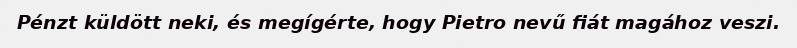
Pénzt küldött neki, és megígérte, hogy Pietro nevű fiát magához veszi.